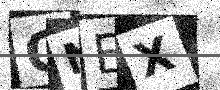
Text: QNEX